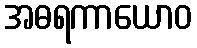
အဓရကာယောဝ